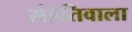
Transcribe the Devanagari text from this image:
संहतिवाला